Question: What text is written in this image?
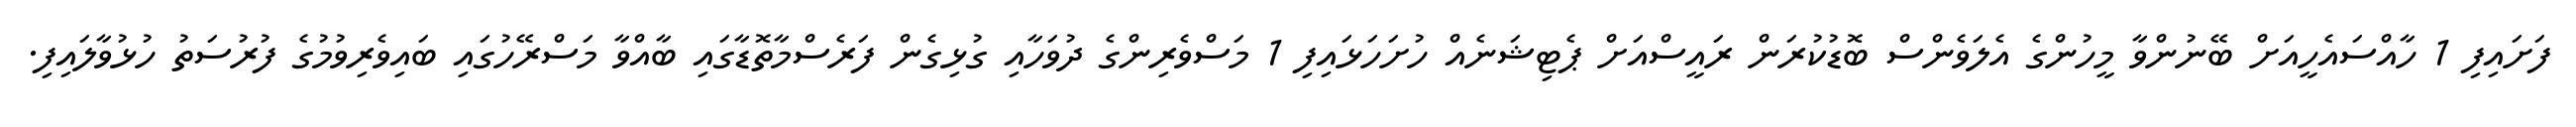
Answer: ފަށައިފި 1 ހާއްސައެހީއަށް ބޭނުންވާ މީހުންގެ އެލަވެންސް ބޮޑުކުރަން ރައީސްއަށް ޕެޓިޝަނެއް ހުށަހަޅައިފި 1 މަސްވެރިންގެ ދުވަހާއި ގުޅިގެން ފަރެސްމާތޮޑާގައި ބާއްވާ މަސްރޭހުގައި ބައިވެރިވުމުގެ ފުރުސަތު ހުޅުވާލައިފި.